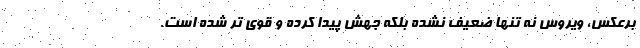
برعکس، ویروس نه تنها ضعیف نشده بلکه جهش پیدا کرده و قوی تر شده است.